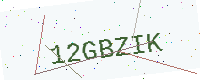
Text: 12GBZIK